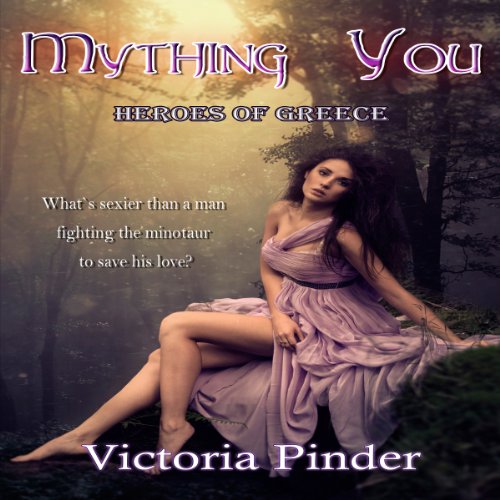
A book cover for Mything You: Heroes of Greece; Greta Buckle; Romance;